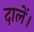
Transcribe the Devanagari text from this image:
दालें।